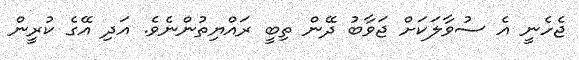
ޖެހެނީ އެ ސުވާލަކަށް ޖަވާބު ދޭން ތިބީ ރައްޔިތުންނެވެ. އަދި އޭގެ ކުރީން